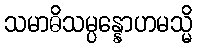
သမာဓိသမ္ပန္နောဟမသ္မိ